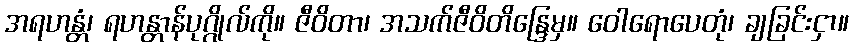
အရဟန္တံ၊ ရဟန္တာန်ပုဂ္ဂိုလ်ကို။ ဇီဝိတာ၊ အသက်ဇီဝိတိန္ဒြေမှ။ ဝေါရောပေတုံ၊ ချခြင်းငှာ။